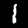
Digit: 1